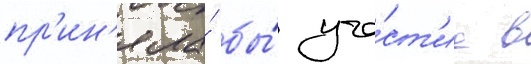
пр'ин'яла́ бы́ уча́ст'ие в